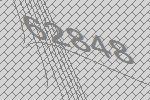
62848